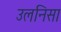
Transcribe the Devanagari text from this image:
उलनिसा